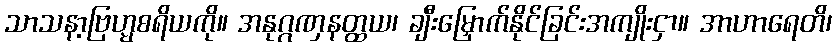
သာသနာ့ဗြဟ္မစရိယကို။ အနုဂ္ဂဏှနတ္ထယ၊ ချီးမြှောက်နိုင်ခြင်းအကျိုးငှာ။ အာဟာရေတိ၊